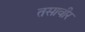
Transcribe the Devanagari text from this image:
तसावीर